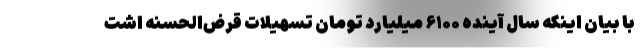
با بیان اینکه سال آینده ۶۱۰۰ میلیارد تومان تسهیلات قرض‌الحسنه اشت